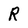
Character: R